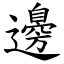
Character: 邊